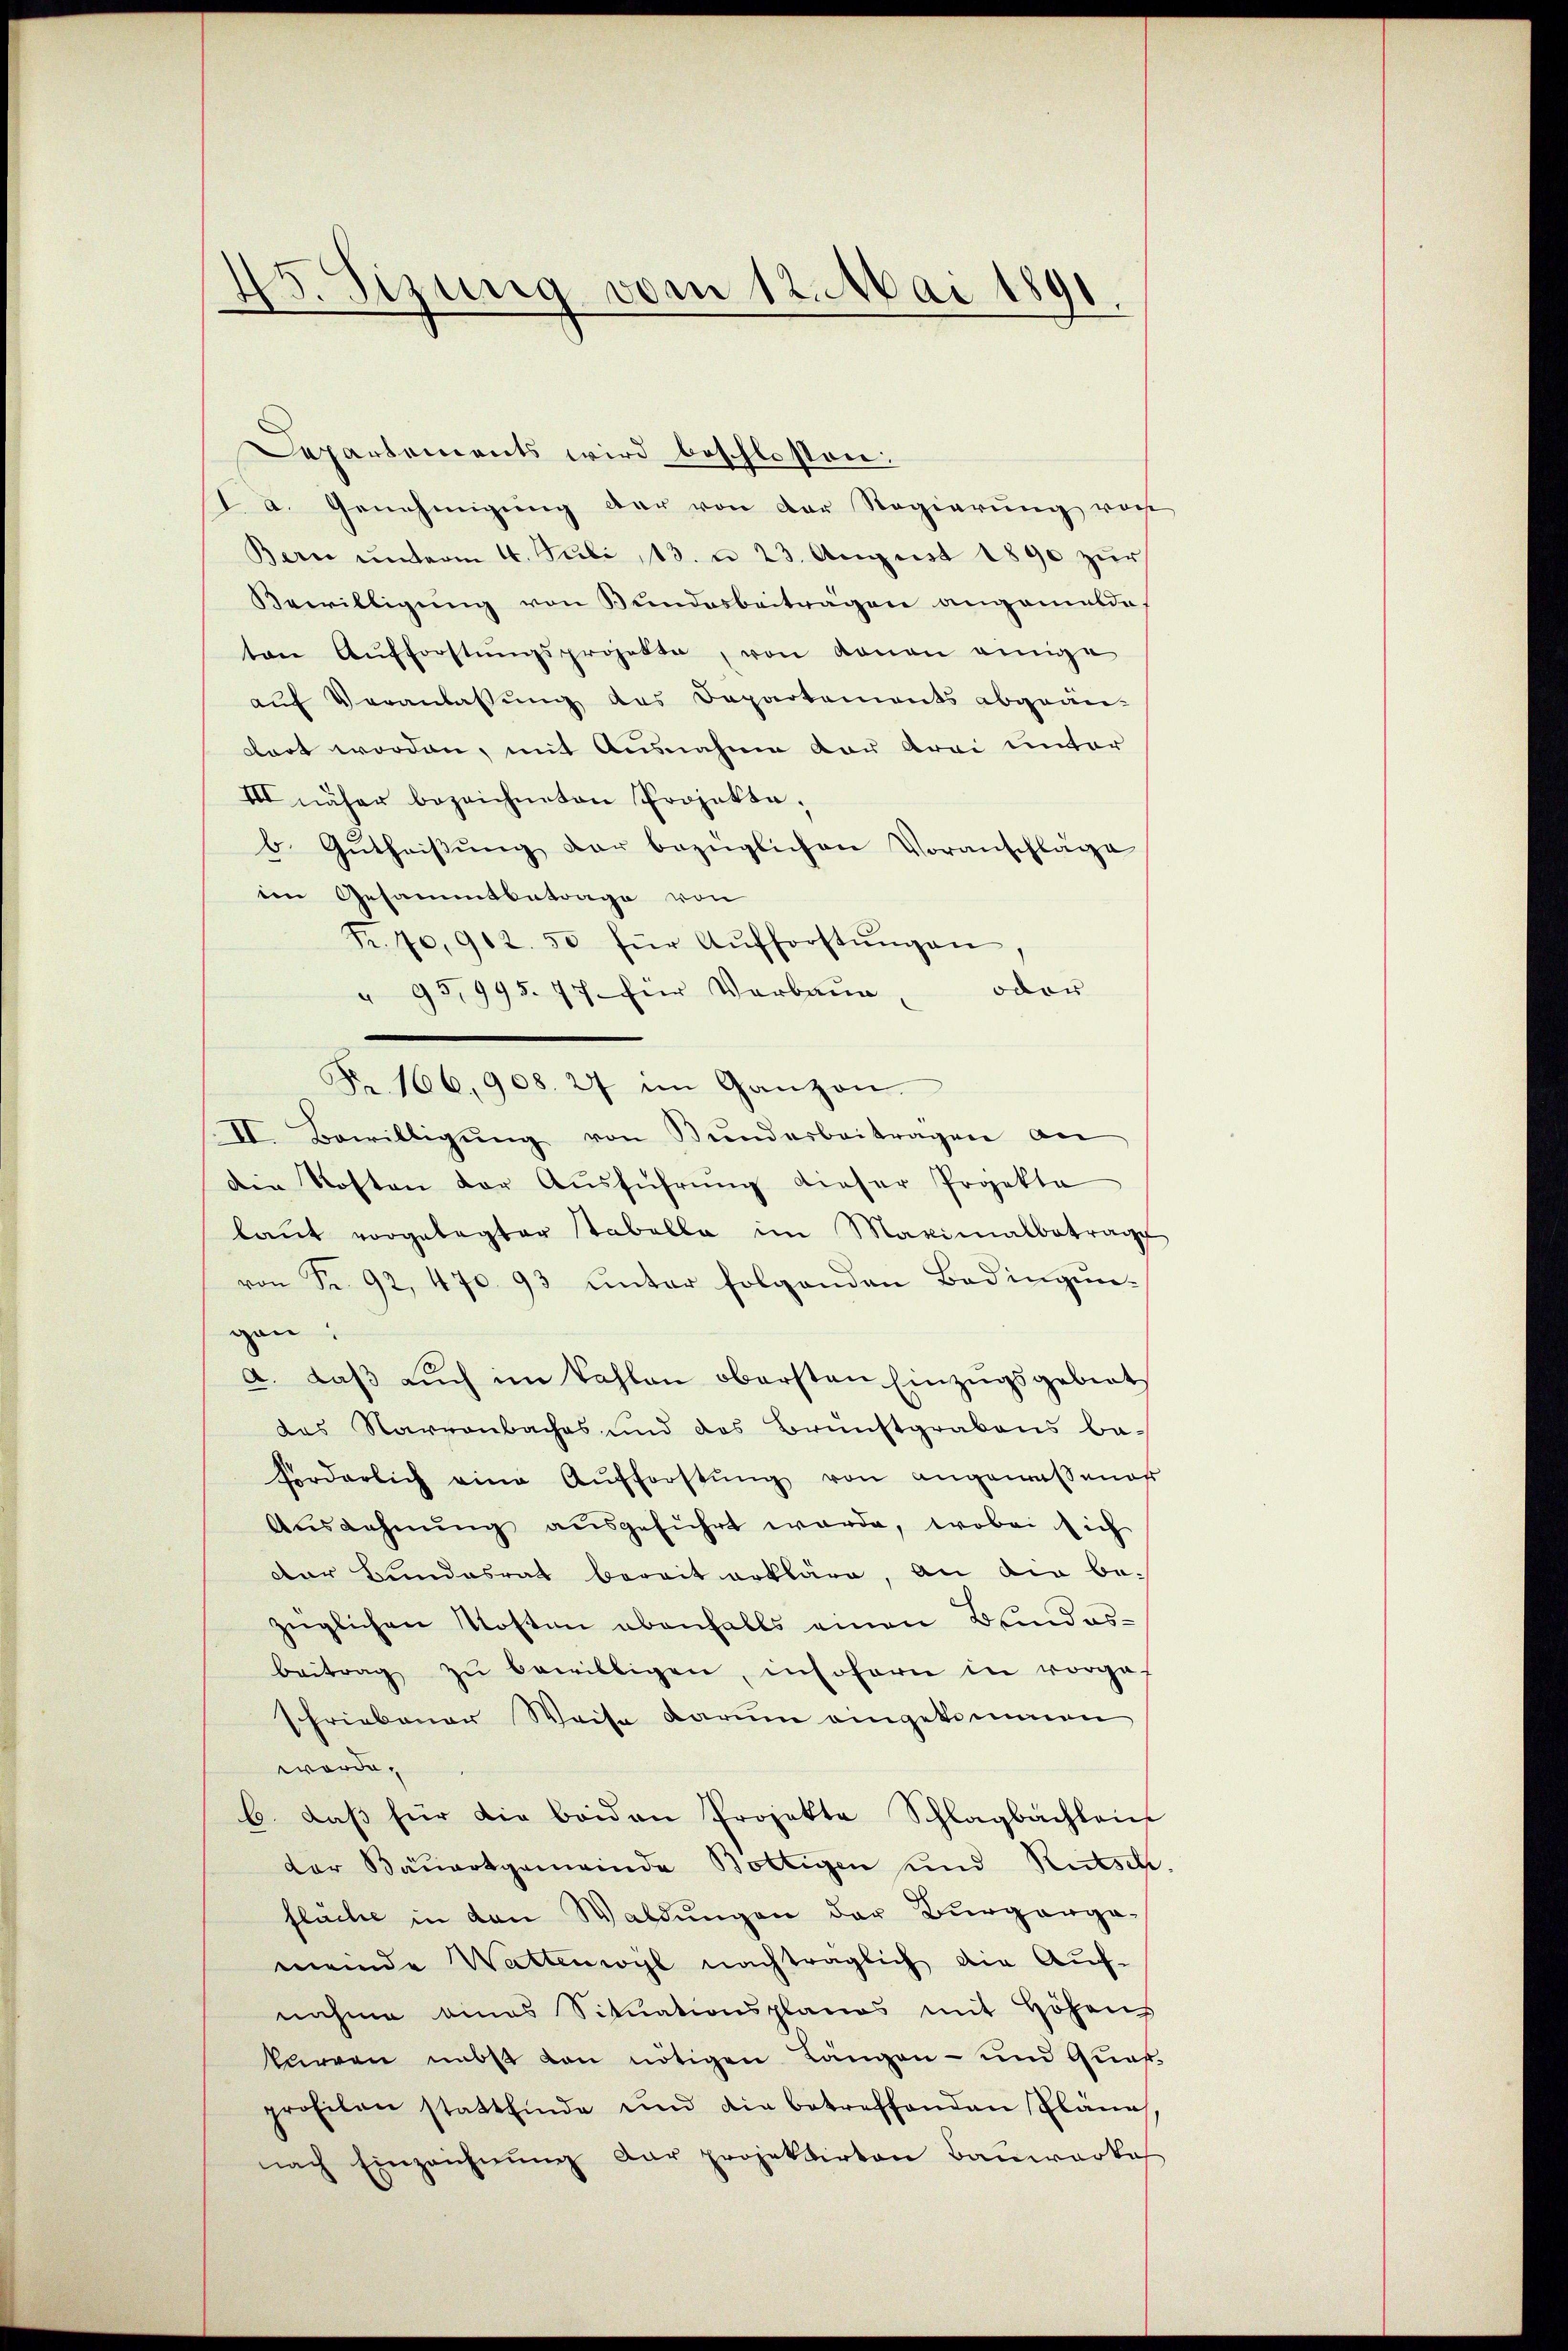
45. Sizung vom 12. Mai 1891

Departements wird beschlossen:
d a. Genehmigung der von der Regierung vere
Bern unterm 16. Juli 13. u. 23. August 1890 zur
Bewilligung von Bundesbeiträgen angemeldet
ten Aufforstŭngsprojekte, von Roman einige
aŭf Veranlassŭng des Departements abgeän-
dort worden, mit Ausnahme von drei unter
III näher bezeichneten Projekte.
b. Gŭtheiβŭng der bezüglichen Voranschläge
ien Gesammtbetrage von
Fr. 70,902. 50 für Aŭfforstŭngen,
oder
" 95,995. 77 für Verbauer
Nr. 166, 908. 27 im Ganzen.
II. Bewilligŭng von Bundesbeiträgen an
Die Kosten der Ausführung dieser Projekte
laŭt vorgelegter tabella im Maximalbetrage
von Fr. 92, 470. 93 ŭnter folgenden Bedingŭn-
gan.
a. daβ aŭch im kahlen obersten Einzŭgsgebiet
das Navvenbaches und des Brunstgrabens ba-
forderlich eine Aufforstŭng von angemessenes
Aŭsgahnŭng ausgeführt werde, wobei sich
Der Bundesrat bereit erkläre, an die be-
züglichen Kosten ebenfalls einen Bundesbeitrag zŭ bewilligen, insofern in vorge-
schriebener Weise darum eingekommen
worde.
b. daβ für die beiden Projekte Schlagbachlein
der Bauortgemeinde Bottigen und Rutsch
fläche in den Waldungen der Burgerga-
meinde Wattenwyl nachträglich die Auf-
nahme eines Situationsplanes mit Höhens
karren nebst von nötigen Längen - und Quas
profilen stattfinde und die betreffenden Pläne
nach Einzeichnŭng der projektirten Bauwerke